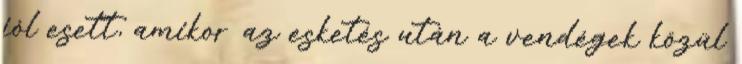
jól esett, amikor az esketés után a vendégek közül